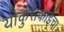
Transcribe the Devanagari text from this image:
योकुसंकाईचा